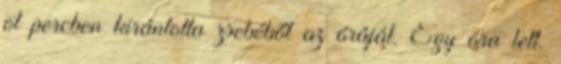
öt percben kirántotta zsebéből az óráját. Egy óra lett.